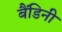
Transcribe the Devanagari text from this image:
बैंडिनी